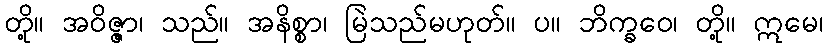
တို့။ အဝိဇ္ဇာ၊ သည်။ အနိစ္စာ၊ မြဲသည်မဟုတ်။ ပ။ ဘိက္ခဝေ၊ တို့။ ဣမေ၊